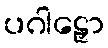
ပဂါဠှော